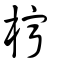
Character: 檸